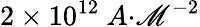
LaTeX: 2\times{10}^{12}\ {A}{{·}}{{\mathscr{M}}}^{{-2}}